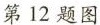
第12题图